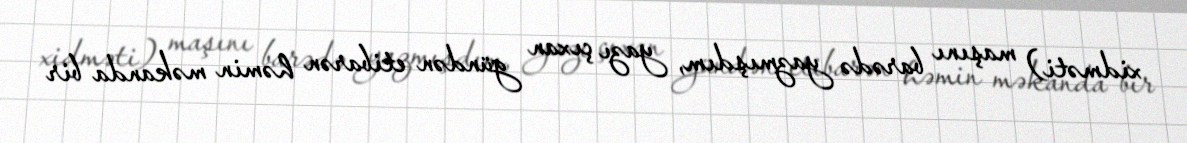
xidməti) maşını barədə yazmışdım, yazı çıxan gündən etibarən həmin məkanda bir